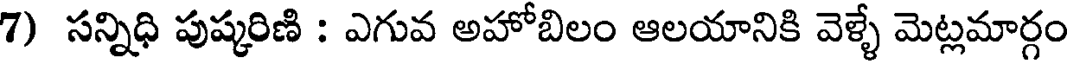
7) సన్నిధి పుష్కరిణి : ఎగువ అహోబిలం ఆలయానికి వెళ్ళే మెట్లమార్గం